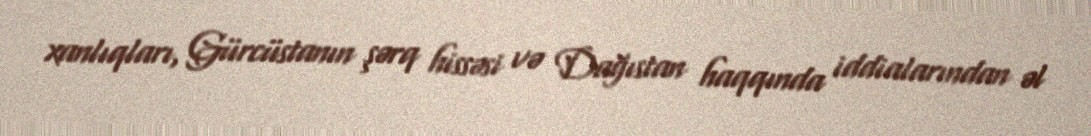
xanlıqları, Gürcüstanın şərq hissəsi və Dağıstan haqqında iddialarından əl